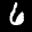
Label: 6